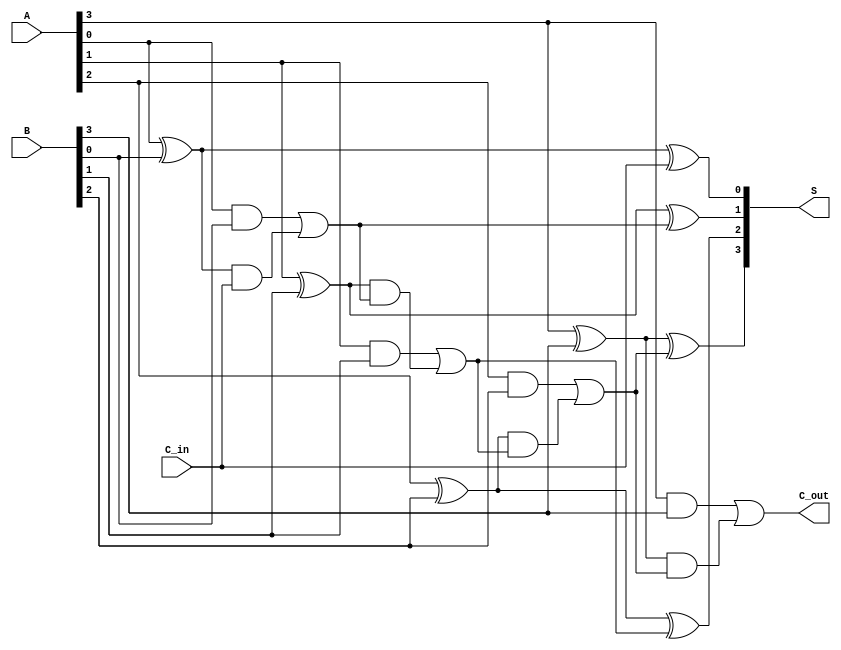
module ling_adder #(parameter n = 4) (
    input  wire [n-1:0] A,        // n-bit binary number A
    input  wire [n-1:0] B,        // n-bit binary number B
    input  wire C_in,             // Carry-in
    output wire [n-1:0] S,        // n-bit sum output
    output wire C_out             // Carry-out
);

    // Intermediate wires for carry generation and propagation
    wire [n-1:0] G; // Generate
    wire [n-1:0] P; // Propagate
    wire [n:0] C;   // Carry

    // Carry generation and propagation
    genvar i;
    generate
        for (i = 0; i < n; i = i + 1) begin : full_adder
            assign G[i] = A[i] & B[i];            // Generate
            assign P[i] = A[i] ^ B[i];            // Propagate
            // Calculate carry for each bit
            if (i == 0) 
                assign C[i] = C_in;               // First carry depends on C_in
            else 
                assign C[i] = G[i-1] | (P[i-1] & C[i-1]); // Carry for current bit
        end
    endgenerate

    // Sum calculation
    generate
        for (i = 0; i < n; i = i + 1) begin : sum_calculation
            assign S[i] = P[i] ^ C[i]; // Sum = A XOR B XOR Carry
        end
    endgenerate

    // Final carry-out
    assign C_out = G[n-1] | (P[n-1] & C[n-1]); // Carry-out from the last stage

endmodule